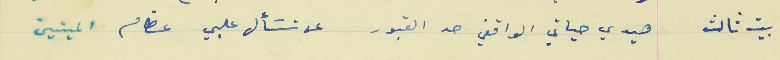
بيت ثالث                           هيدي حياتي الواقفي حد القبور                          عن تسَأل عليي عظام الميتين